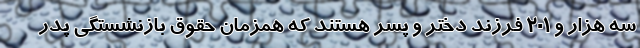
سه هزار و ۲۰۱ فرزند دختر و پسر هستند که همزمان حقوق بازنشستگی پدر